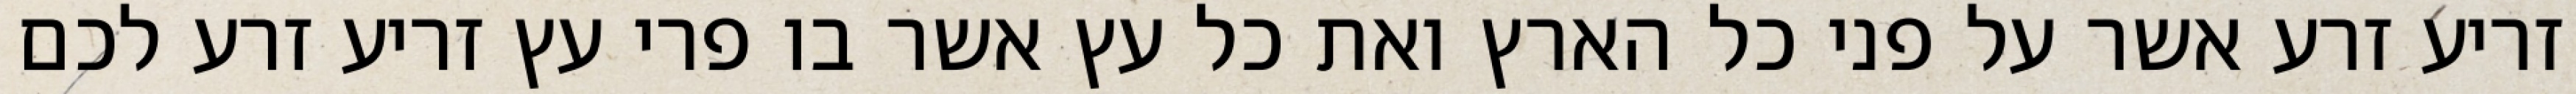
זריע זרע אשר על פני כל הארץ ואת כל עץ אשר בו פרי עץ זריע זרע לכם